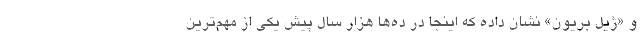
و «ژیل بریون» نشان داده که اینجا در ده‌ها هزار سال پیش یکی از مهم‌ترین